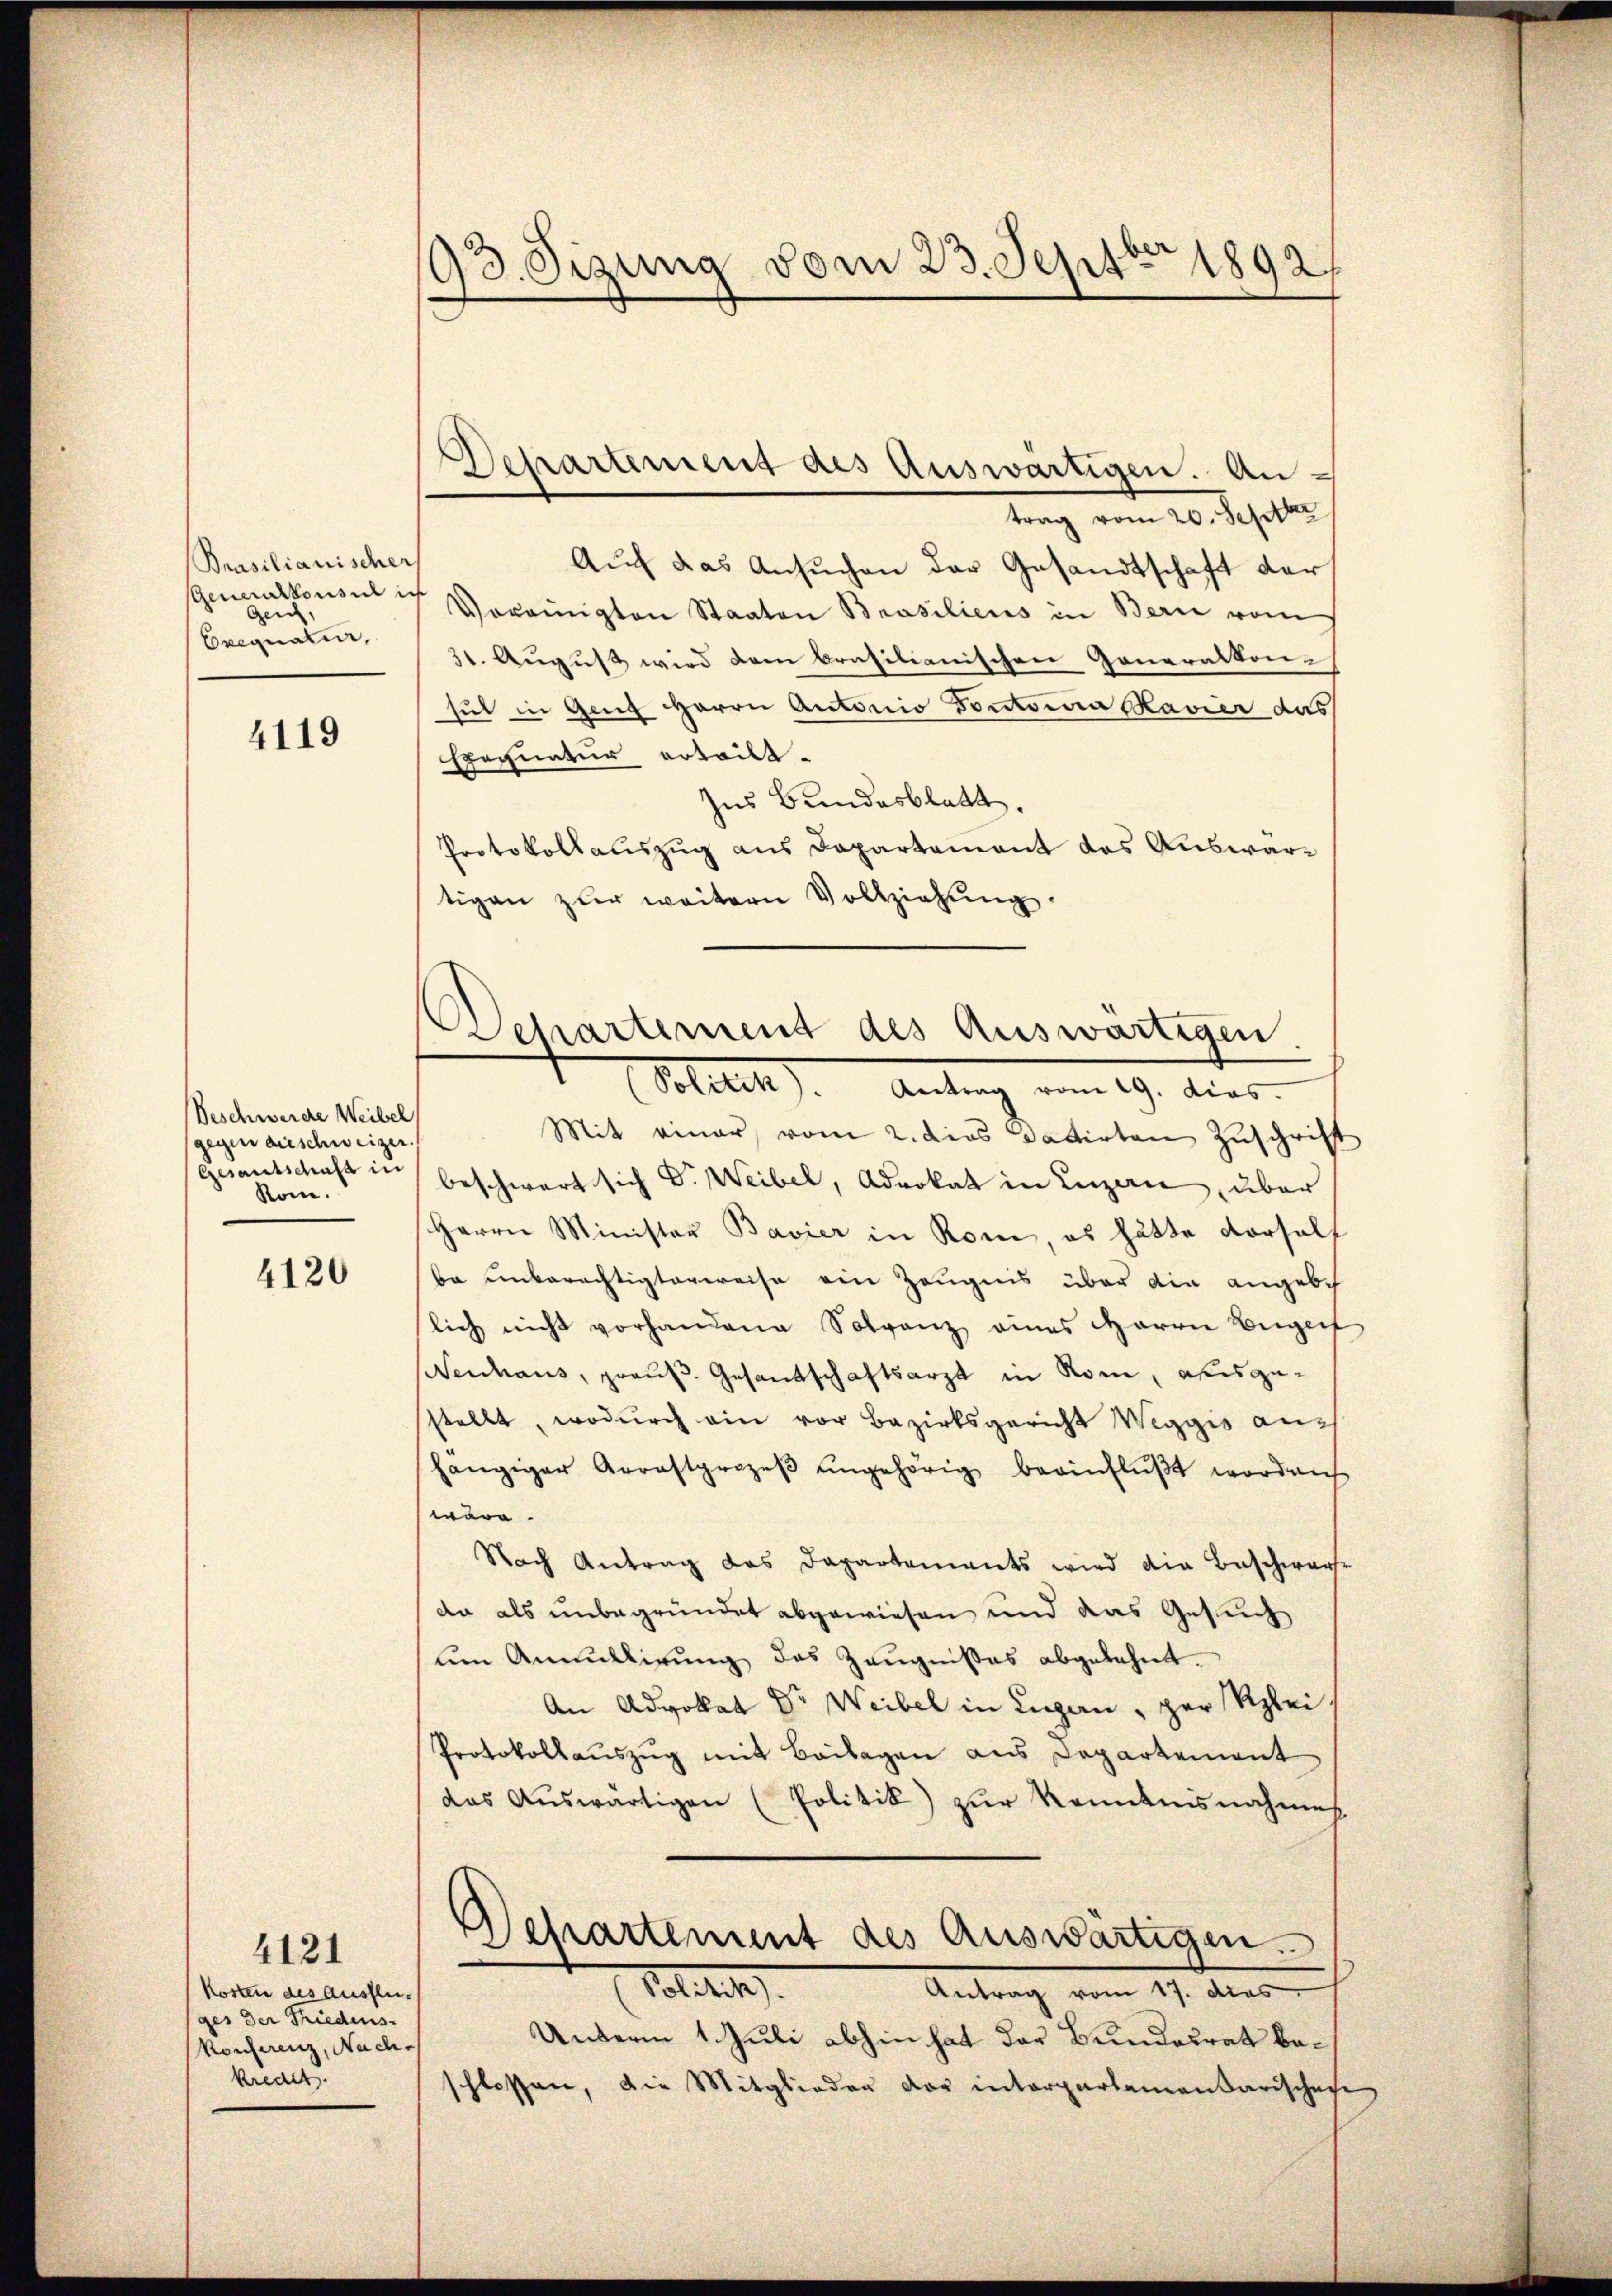
Prasilianischer,
Generalkonsul ich
gen,
Exequatur,

4119

Beschwerde Weibel
gegen dieschwei¬
Gesantschaft zu
kom.

4120

4121
kosten des Ausflu-
ges der Friedens
konferenz, Nachkredit.

93. Sizung vom 23. Septbr 1892

Departement des Auswärtigen. An-

trag vom 20. Septbr
Auf das Ansŭchen der Gesandtschaft der
f
Vereinigten Staaten Brasiliens in Berie vom
31. August wird dem brasilianischen Generalkon-
sul in Gang Herrn Antonio Doctoria Bavier das
Exequatur erteilt.
Ins Bundesblatt
Protokollauszug aus Dapartement das Auswartigen zŭr weitern Vollziehŭng.
Mit einer vom 2. dies datirten Zuschrift
beschwart sich Dr. Weibel, Advokat in Luzern, über
Herrn Minister Bavier in Rom, es hätte vorholf
ba unberechtigterweise ein Zeugnis über die angebe
lich nicht vorhandene Solganz eines Herrn Begrif
enhaus, graus Gesantschaftsarzt in Rom, ausgesstellt, wodurch ein vor Bezirksgericht Weggis anhängiger Arrastprozeβ angehörig beeinflußt worden
wäre.
Nach Antrag das Dapartements wird die Beschwerfe
da als unbegründet abgewiesen und das Gesuch
um Annullirung des Zeugnißes abgelehnt.
An Advokat Dr Weibel in Luzern, par Klei
Protokollauszug mit Beilagen aus Departement
das Aŭswärtigen (Politik) zur Kenntnisnahmes.
Departement des Auswärtigen.
(Dotte
Antrag vom 17. dies
Unterm 1. Juli abhin hat der Bundesrat beschlossen, die Mitglieder der interparlamentarischen

Departement des Auswärtigen
(Politik. Antrag vom 19. dies.